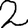
Digit: 2